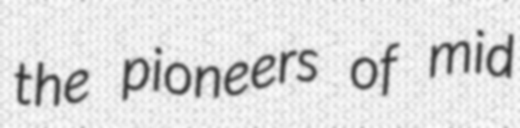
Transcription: the pioneers of mid